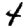
Digit: 4